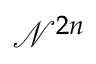
\mathcal { N } ^ { 2 n }